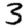
Digit: 3